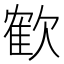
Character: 𣤇